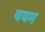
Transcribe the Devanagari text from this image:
ययम